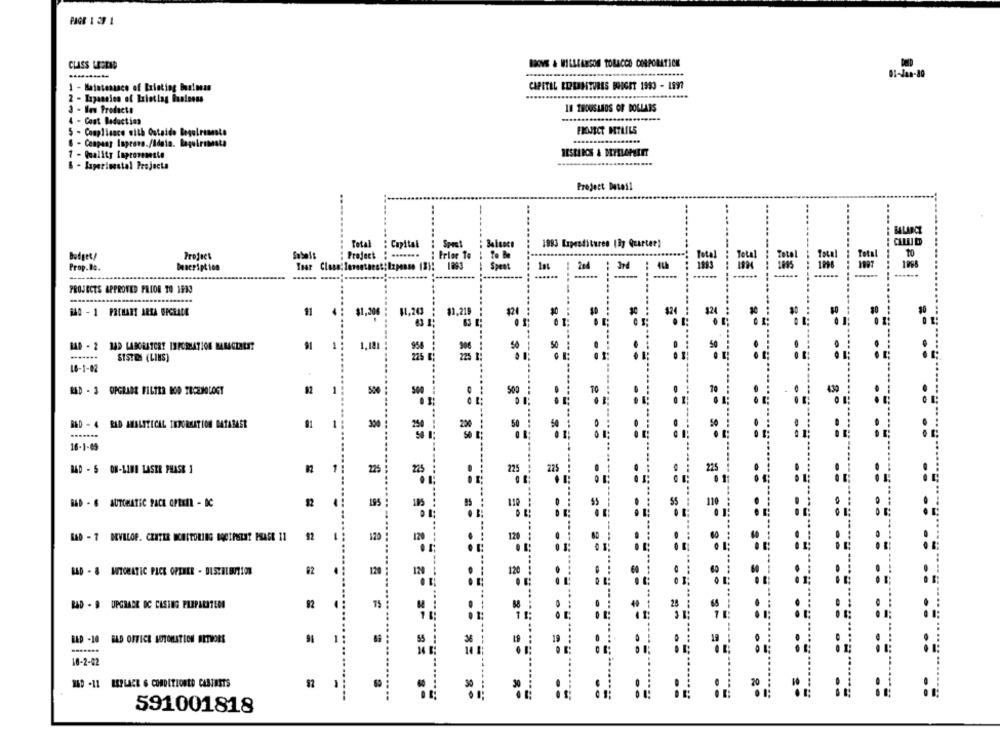
CLASS LEGEND
ABOVE & WILLIAMSON TOBACCO CORPORATION
1 - Matatanasce of Existing Business
CAPITAL REPERATURES BRUGET 1993 - 1997
2 - Expansion of Exietlag Business
3 - New Products
IN THOUSANDS OF DOLLARS
4 - Coat Deduction
- Compliance with Outside Beguireneste
PROJECT MTLILS
6 - Cenpang Inprove./Idain. Rageiramata
1 - Quality Improvemente
& - Japerisestal Projecta
Project Detail
1883 Expenditures (3y Quarter)
Budget/
Sabelt
Capital
Project
Prop.Bo.
Description
Toar Class: Toventaest: Izpense (8): 1893
......
......
PROJECTS APPROVED PRIOR TO 1933
...........
640 - 1 PRCHART ARRA UPGRADE
11
$1,20€
$1,218
$21
$0
1
1,181
958
50
50
50
SISTES (LINS]
225
16-1-02
RED - 3 OPGRADE FILTER BOD TECHNOLOGY
92
50%
500
BAD - 4 RAD AMALSTICAL INFORMATION DATABASE
01
1
300
250
200
50
16-1-85
BAD - S ON-LINE LASER PHASE 1
-
225
225
22
225
:
BAD - 6 AUTOMATIC PACE OPERIL - DC
92
195
110
......
120
[4D - 7 DEVELOP. CENTER WCASTORING DOCTPSZET PRASK 11
92
120
120
120
LAD - & AUTOMATIC PICK OPENER - DUSZBLEVTION
120
= = =====
12
120
BAD - 9 UPGRADE DC CASING PREPARATEON
92
15
28
1
BED -10 BAD OFFICE AUTOMATION MITHOME
19
13
16-2-42
24D -11 REPLACE & CONDITIONED CABINETS
1
50
= = = = = == ========
= ===
==== ==
591001818